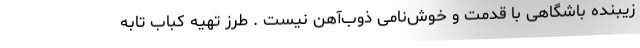
زیبنده باشگاهی با قدمت و خوش‌نامی ذوب‌آهن نیست . طرز تهیه کباب تابه